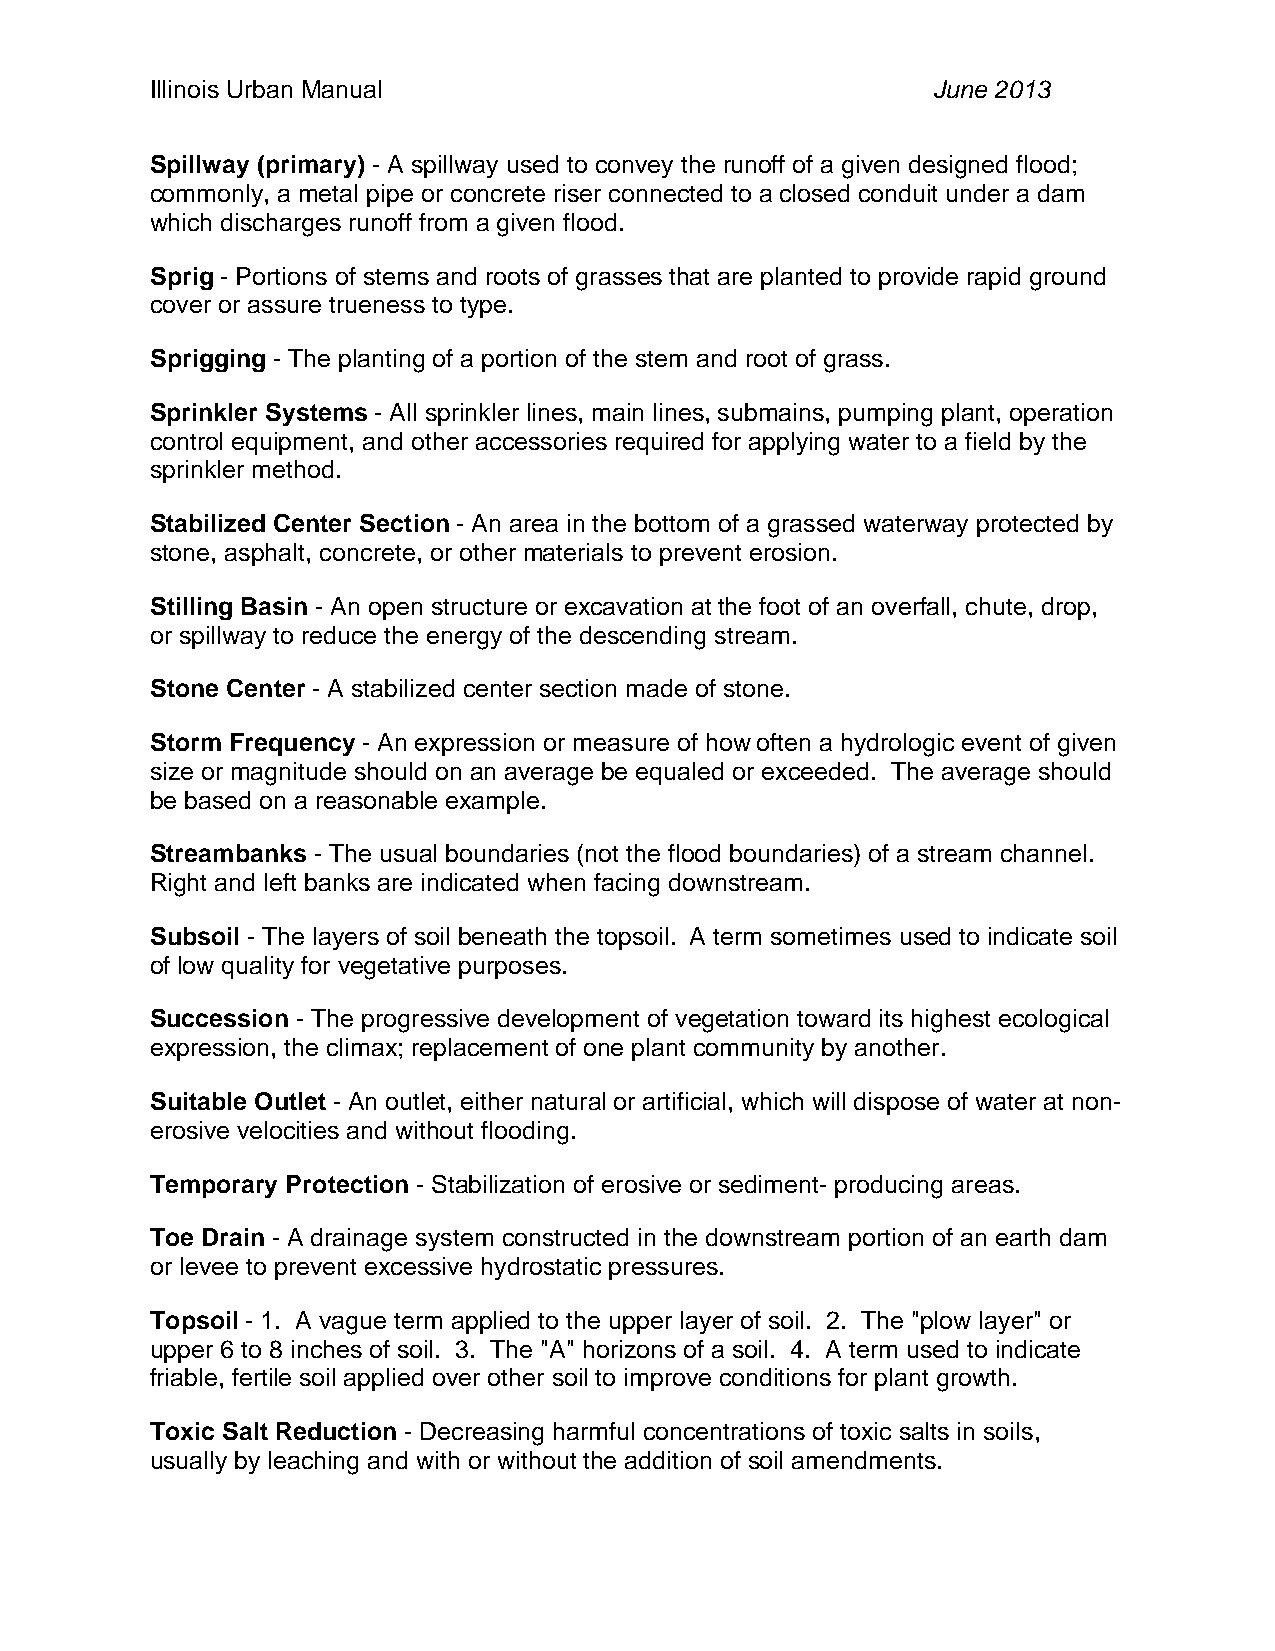
Illinois Urban Manual                               June 2013
 Spillway (primary) - A spillway used to convey the runoff of a given designed flood;
 commonly, a metal pipe or concrete riser connected to a closed conduit under a dam
 which discharges runoff from a given flood.
 Sprig - Portions of stems and roots of grasses that are planted to provide rapid ground
 cover or assure trueness to type.
 Sprigging - The planting of a portion of the stem and root of grass.
 Sprinkler Systems - All sprinkler lines, main lines, submains, pumping plant, operation
 control equipment, and other accessories required for applying water to a field by the
 sprinkler method.
 Stabilized Center Section - An area in the bottom of a grassed waterway protected by
 stone, asphalt, concrete, or other materials to prevent erosion.
 Stilling Basin - An open structure or excavation at the foot of an overfall, chute, drop,
 or spillway to reduce the energy of the descending stream.
 Stone Center - A stabilized center section made of stone.
 Storm Frequency - An expression or measure of how often a hydrologic event of given
 size or magnitude should on an average be equaled or exceeded. The average should
 be based on a reasonable example.
 Streambanks - The usual boundaries (not the flood boundaries) of a stream channel.
 Right and left banks are indicated when facing downstream.
 Subsoil - The layers of soil beneath the topsoil. A term sometimes used to indicate soil
 of low quality for vegetative purposes.
 Succession - The progressive development of vegetation toward its highest ecological
 expression, the climax; replacement of one plant community by another.
 Suitable Outlet - An outlet, either natural or artificial, which will dispose of water at non-
 erosive velocities and without flooding.
 Temporary Protection - Stabilization of erosive or sediment- producing areas.
 Toe Drain - A drainage system constructed in the downstream portion of an earth dam
 or levee to prevent excessive hydrostatic pressures.
 Topsoil - 1. A vague term applied to the upper layer of soil. 2. The "plow layer" or
 upper 6 to 8 inches of soil. 3. The "A" horizons of a soil. 4. A term used to indicate
 friable, fertile soil applied over other soil to improve conditions for plant growth.
 Toxic Salt Reduction - Decreasing harmful concentrations of toxic salts in soils,
 usually by leaching and with or without the addition of soil amendments.